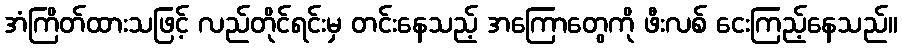
အံကြိတ်ထားသဖြင့် လည်တိုင်ရင်းမှ တင်းနေသည့် အကြောတွေကို ဖီးလစ် ငေးကြည့်နေသည်။